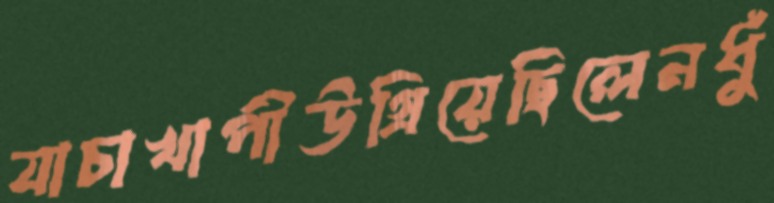
যাচাখাপীউগ্‌রিয়েছিলেনধুঁ